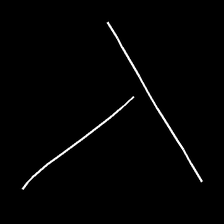
Glyph: column